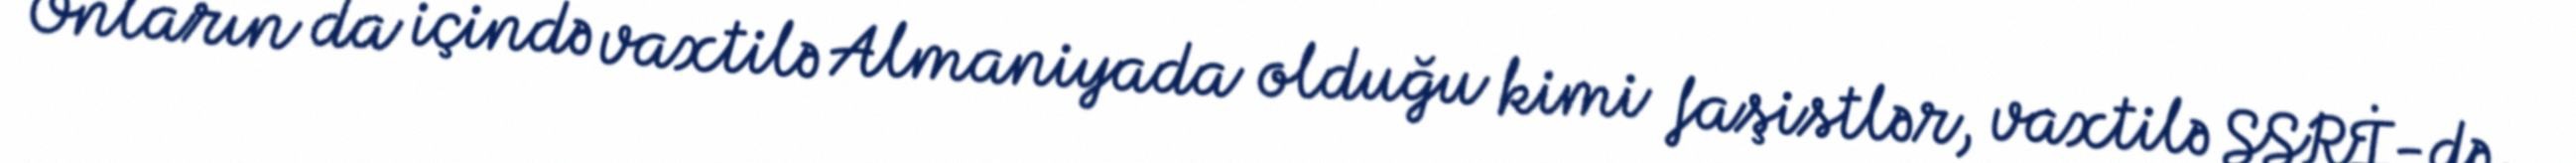
Onların da içində vaxtilə Almaniyada olduğu kimi faşistlər, vaxtilə SSRİ-də,